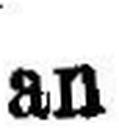
an